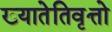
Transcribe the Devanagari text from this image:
ख्यातेतिवृत्तो